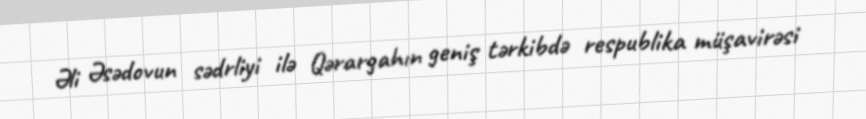
Əli Əsədovun sədrliyi ilə Qərargahın geniş tərkibdə respublika müşavirəsi